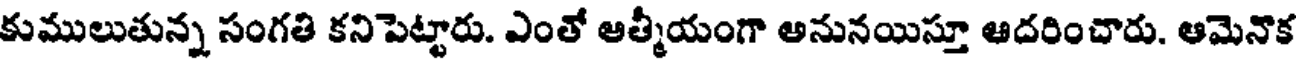
కుములుతున్న సంగతి కనిపెట్టారు. ఎంతో ఆత్మీయంగా అనునయిస్తూ ఆదరించారు. ఆమెనొక